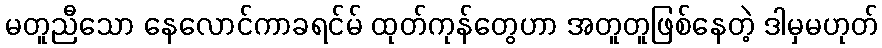
မတူညီသော နေလောင်ကာခရင်မ် ထုတ်ကုန်တွေဟာ အတူတူဖြစ်နေတဲ့ ဒါမှမဟုတ်